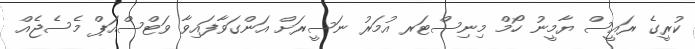
ކުރީގެ ރައީސް ޔާމީނު ހޯމް މިނިސްޓަރ އުމަރު ނަސީރަށް އަންގަވާފައިވާ ވަޓްސްއަޕް މެސެޖެއް